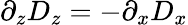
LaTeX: \partial_{z}D_{z}=-\partial_{x}D_{x}